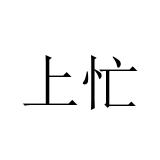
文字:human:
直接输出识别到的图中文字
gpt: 上忙